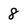
Character: 8